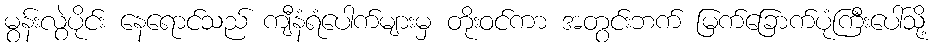
မွန်းလွဲပိုင်း နေရောင်သည် ကျီနံရံပေါက်များမှ တိုးဝင်ကာ အတွင်းဘက် မြက်ခြောက်ပုံကြီးပေါ်သို့